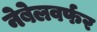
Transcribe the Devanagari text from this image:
नेबेलवर्फर